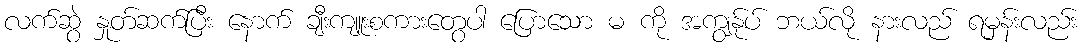
လက်ဆွဲ နှုတ်ဆက်ပြီး နောက် ချီးကျူးစကားတွေပါ ပြောသော မ ကို အကျွန်ုပ် ဘယ်လို နားလည် ရမှန်းလည်း